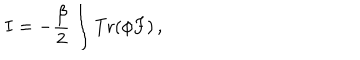
I = - \frac { \beta } { 2 } \int { \mathrm { T r } } ( \phi F ) \, ,